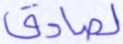
لصادق